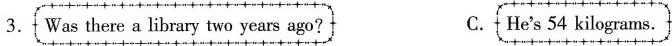
3. Was there a library two years ago？ C. He‘s 54 kilograms.